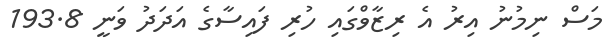
މަސް ނިމުނު އިރު އެ ރިޒާވްގައި ހުރި ފައިސާގެ އަދަދު ވަނީ 193.8